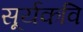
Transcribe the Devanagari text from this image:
सूर्यकवि